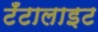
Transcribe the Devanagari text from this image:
टँटालाइट